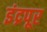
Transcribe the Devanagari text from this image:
इंद्रपूर